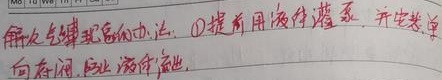
解决气缚现象的办法：\textcircled{1} 提高用液体灌泵，并先关单向存阀, 让液体流出.